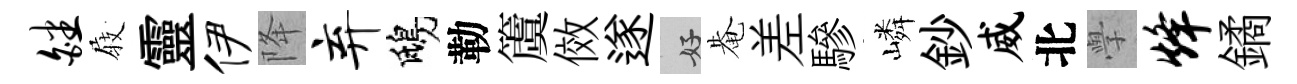
皤𡲆靈伊降弃鴟勒𥵂傚遂好𤲅差驂嶙鈔威北𭓕烽鐍